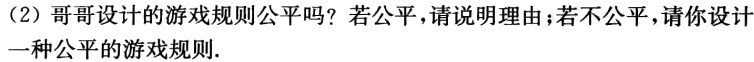
(2)哥哥设计的游戏规则公平吗？若公平，请说明理由；若不公平，请你设计一种公平的游戏规则.